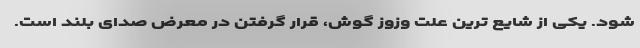
شود. یکی از شایع ترین علت وزوز گوش، قرار گرفتن در معرض صدای بلند است.